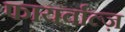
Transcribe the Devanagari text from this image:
फायर्वाल्ज़